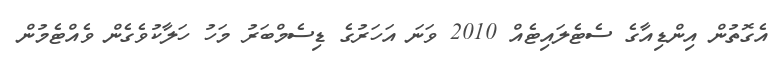
އެގޮތުން އިންޑިއާގެ ސެޓެލައިޓެއް 2010 ވަނަ އަހަރުގެ ޑިސެމްބަރު މަހު ހަލާކުވެގެން ވެއްޓެމުން